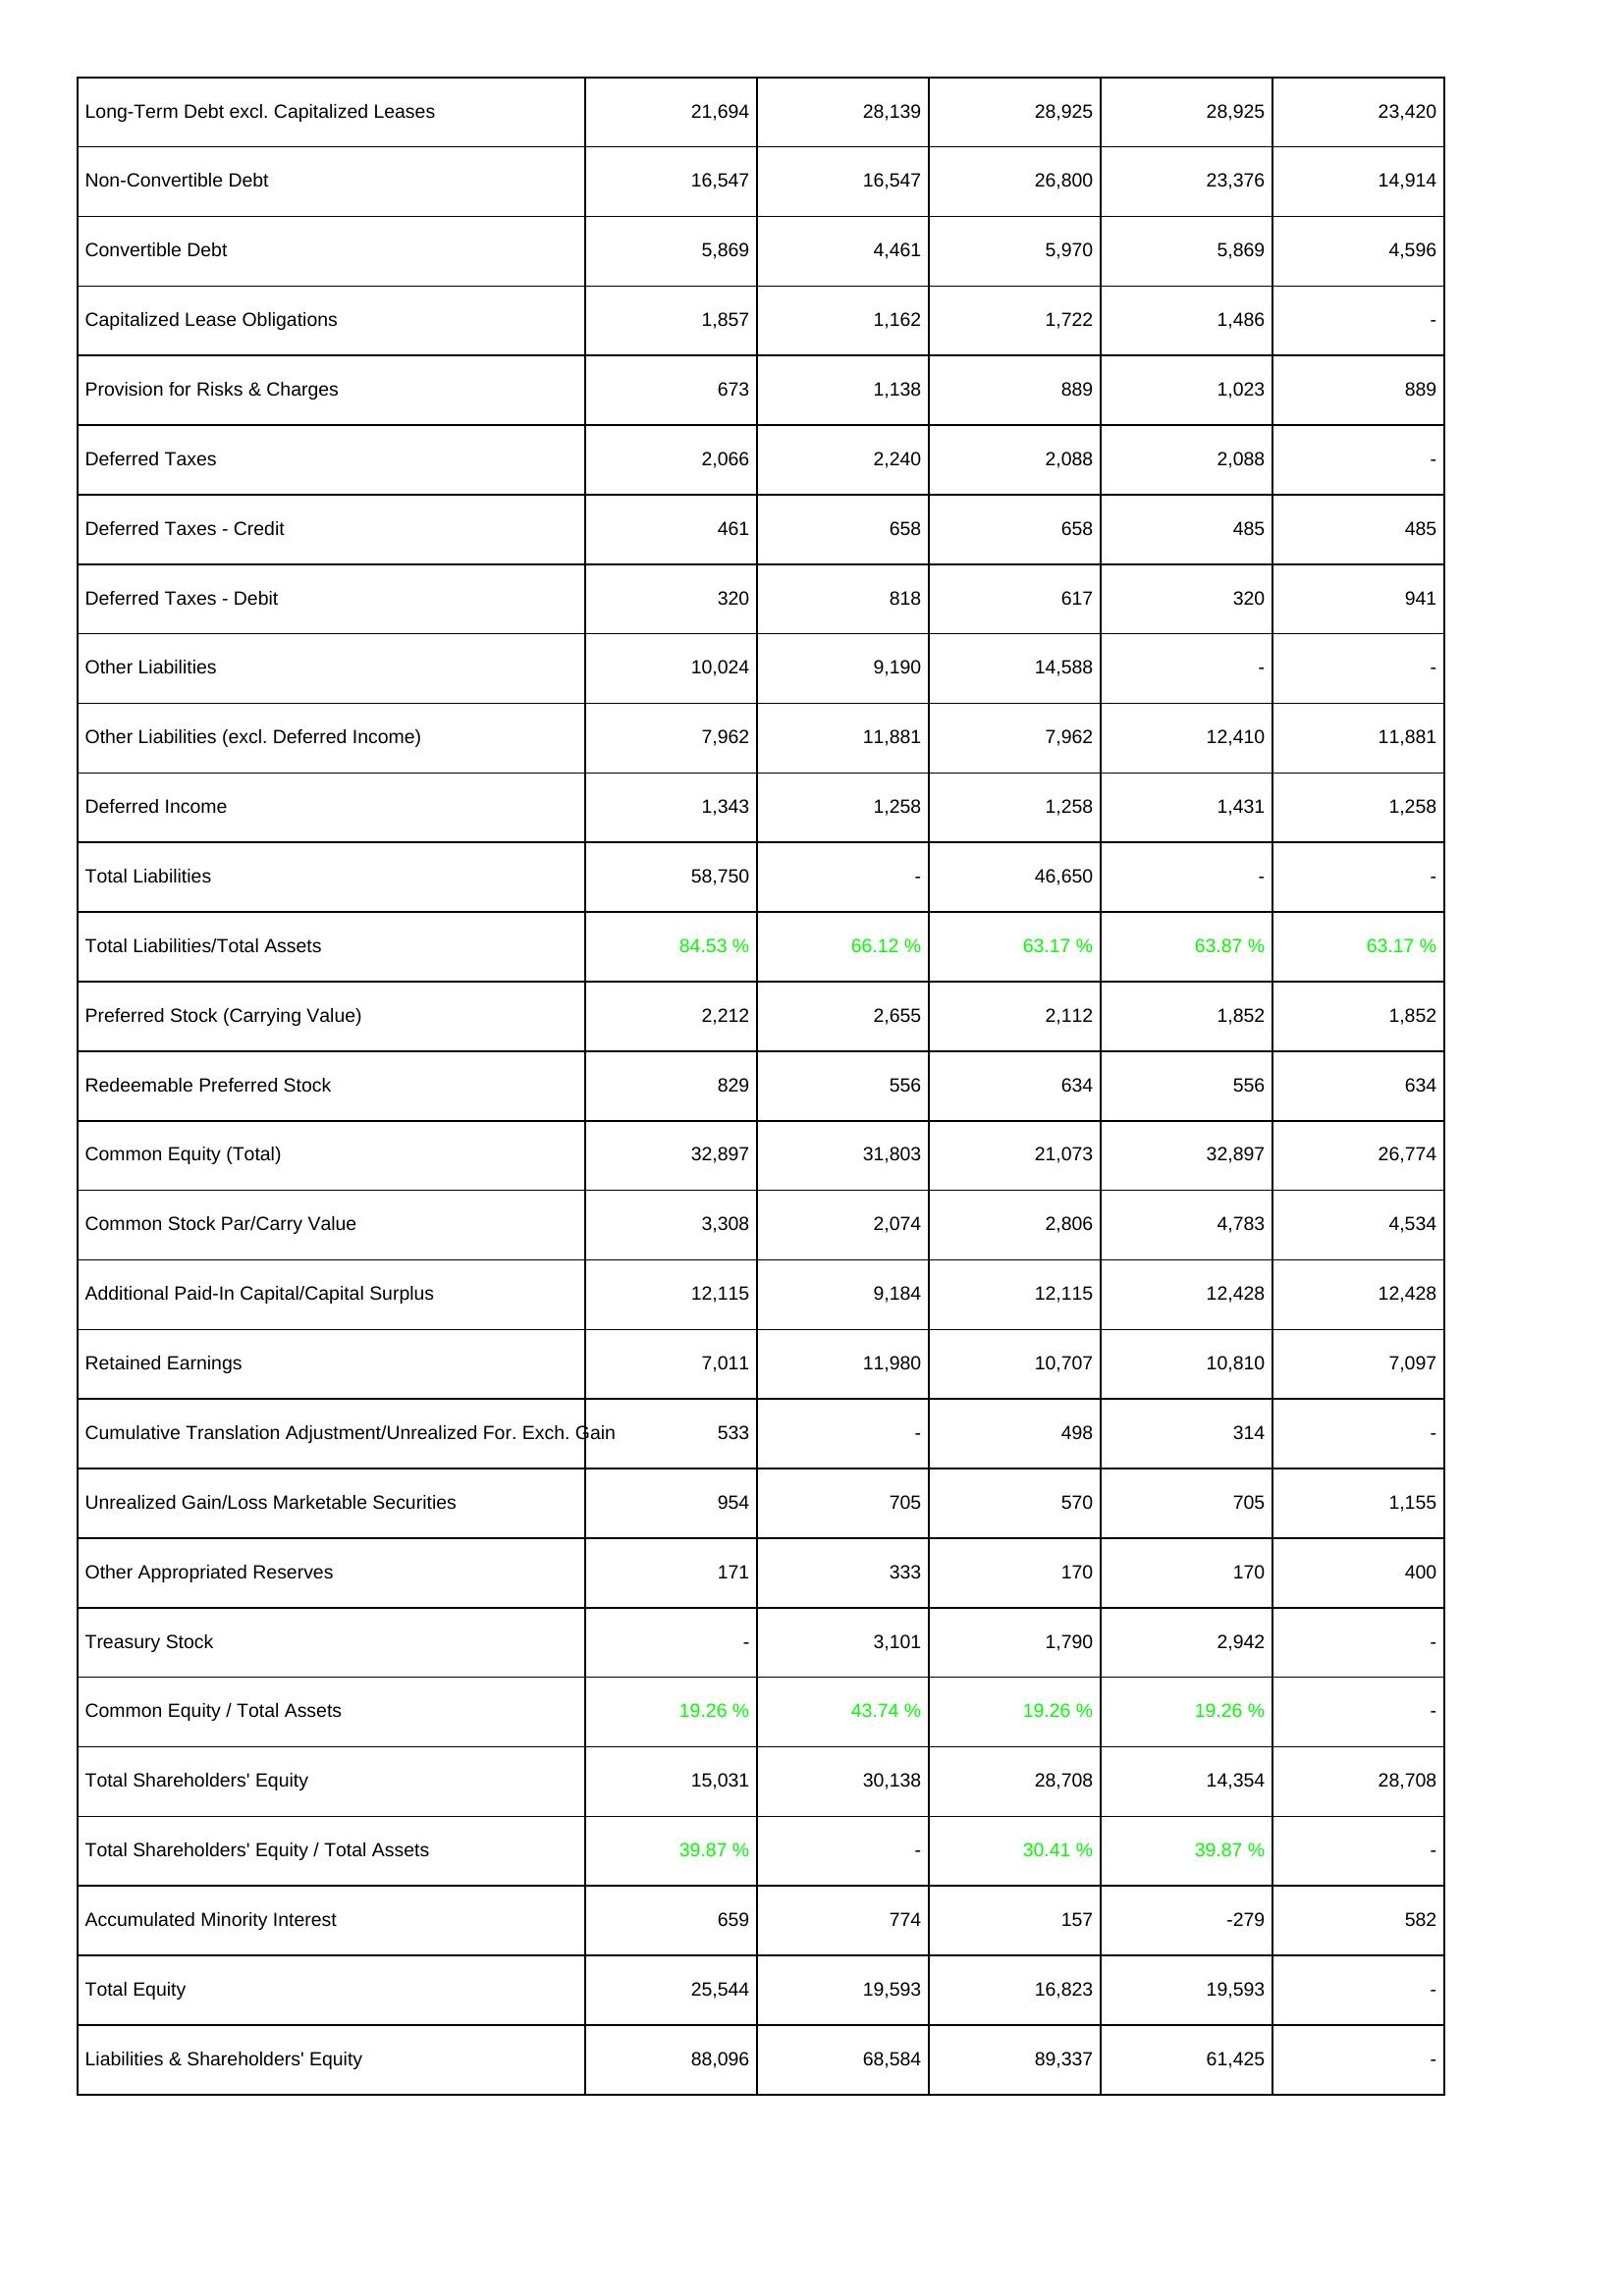
2010: Liabilities & Shareholders' Equity: Long-Term Debt excl. Capitalized Leases: 21,694
Non-Convertible Debt: 16,547
Convertible Debt: 5,869
Capitalized Lease Obligations: 1,857
Provision for Risks & Charges: 673
Deferred Taxes: 2,066
Deferred Taxes - Credit: 461
Deferred Taxes - Debit: 320
Other Liabilities: 10,024
Other Liabilities (excl. Deferred Income): 7,962
Deferred Income: 1,343
Total Liabilities: 58,750
Total Liabilities/Total Assets: 84.53 %
Preferred Stock (Carrying Value): 2,212
Redeemable Preferred Stock: 829
Common Equity (Total): 32,897
Common Stock Par/Carry Value: 3,308
Additional Paid-In Capital/Capital Surplus: 12,115
Retained Earnings: 7,011
Cumulative Translation Adjustment/Unrealized For. Exch. Gain: 533
Unrealized Gain/Loss Marketable Securities: 954
Other Appropriated Reserves: 171
Treasury Stock: -
Common Equity / Total Assets: 19.26 %
Total Shareholders' Equity: 15,031
Total Shareholders' Equity / Total Assets: 39.87 %
Accumulated Minority Interest: 659
Total Equity: 25,544
Liabilities & Shareholders' Equity: 88,096
2009: Liabilities & Shareholders' Equity: Long-Term Debt excl. Capitalized Leases: 28,139
Non-Convertible Debt: 16,547
Convertible Debt: 4,461
Capitalized Lease Obligations: 1,162
Provision for Risks & Charges: 1,138
Deferred Taxes: 2,240
Deferred Taxes - Credit: 658
Deferred Taxes - Debit: 818
Other Liabilities: 9,190
Other Liabilities (excl. Deferred Income): 11,881
Deferred Income: 1,258
Total Liabilities: -
Total Liabilities/Total Assets: 66.12 %
Preferred Stock (Carrying Value): 2,655
Redeemable Preferred Stock: 556
Common Equity (Total): 31,803
Common Stock Par/Carry Value: 2,074
Additional Paid-In Capital/Capital Surplus: 9,184
Retained Earnings: 11,980
Cumulative Translation Adjustment/Unrealized For. Exch. Gain: -
Unrealized Gain/Loss Marketable Securities: 705
Other Appropriated Reserves: 333
Treasury Stock: 3,101
Common Equity / Total Assets: 43.74 %
Total Shareholders' Equity: 30,138
Total Shareholders' Equity / Total Assets: -
Accumulated Minority Interest: 774
Total Equity: 19,593
Liabilities & Shareholders' Equity: 68,584
2008: Liabilities & Shareholders' Equity: Long-Term Debt excl. Capitalized Leases: 28,925
Non-Convertible Debt: 26,800
Convertible Debt: 5,970
Capitalized Lease Obligations: 1,722
Provision for Risks & Charges: 889
Deferred Taxes: 2,088
Deferred Taxes - Credit: 658
Deferred Taxes - Debit: 617
Other Liabilities: 14,588
Other Liabilities (excl. Deferred Income): 7,962
Deferred Income: 1,258
Total Liabilities: 46,650
Total Liabilities/Total Assets: 63.17 %
Preferred Stock (Carrying Value): 2,112
Redeemable Preferred Stock: 634
Common Equity (Total): 21,073
Common Stock Par/Carry Value: 2,806
Additional Paid-In Capital/Capital Surplus: 12,115
Retained Earnings: 10,707
Cumulative Translation Adjustment/Unrealized For. Exch. Gain: 498
Unrealized Gain/Loss Marketable Securities: 570
Other Appropriated Reserves: 170
Treasury Stock: 1,790
Common Equity / Total Assets: 19.26 %
Total Shareholders' Equity: 28,708
Total Shareholders' Equity / Total Assets: 30.41 %
Accumulated Minority Interest: 157
Total Equity: 16,823
Liabilities & Shareholders' Equity: 89,337
2007: Liabilities & Shareholders' Equity: Long-Term Debt excl. Capitalized Leases: 28,925
Non-Convertible Debt: 23,376
Convertible Debt: 5,869
Capitalized Lease Obligations: 1,486
Provision for Risks & Charges: 1,023
Deferred Taxes: 2,088
Deferred Taxes - Credit: 485
Deferred Taxes - Debit: 320
Other Liabilities: -
Other Liabilities (excl. Deferred Income): 12,410
Deferred Income: 1,431
Total Liabilities: -
Total Liabilities/Total Assets: 63.87 %
Preferred Stock (Carrying Value): 1,852
Redeemable Preferred Stock: 556
Common Equity (Total): 32,897
Common Stock Par/Carry Value: 4,783
Additional Paid-In Capital/Capital Surplus: 12,428
Retained Earnings: 10,810
Cumulative Translation Adjustment/Unrealized For. Exch. Gain: 314
Unrealized Gain/Loss Marketable Securities: 705
Other Appropriated Reserves: 170
Treasury Stock: 2,942
Common Equity / Total Assets: 19.26 %
Total Shareholders' Equity: 14,354
Total Shareholders' Equity / Total Assets: 39.87 %
Accumulated Minority Interest: -279
Total Equity: 19,593
Liabilities & Shareholders' Equity: 61,425
2006: Liabilities & Shareholders' Equity: Long-Term Debt excl. Capitalized Leases: 23,420
Non-Convertible Debt: 14,914
Convertible Debt: 4,596
Capitalized Lease Obligations: -
Provision for Risks & Charges: 889
Deferred Taxes: -
Deferred Taxes - Credit: 485
Deferred Taxes - Debit: 941
Other Liabilities: -
Other Liabilities (excl. Deferred Income): 11,881
Deferred Income: 1,258
Total Liabilities: -
Total Liabilities/Total Assets: 63.17 %
Preferred Stock (Carrying Value): 1,852
Redeemable Preferred Stock: 634
Common Equity (Total): 26,774
Common Stock Par/Carry Value: 4,534
Additional Paid-In Capital/Capital Surplus: 12,428
Retained Earnings: 7,097
Cumulative Translation Adjustment/Unrealized For. Exch. Gain: -
Unrealized Gain/Loss Marketable Securities: 1,155
Other Appropriated Reserves: 400
Treasury Stock: -
Common Equity / Total Assets: -
Total Shareholders' Equity: 28,708
Total Shareholders' Equity / Total Assets: -
Accumulated Minority Interest: 582
Total Equity: -
Liabilities & Shareholders' Equity: -